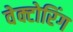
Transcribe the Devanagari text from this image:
वेक्टोरिंग